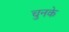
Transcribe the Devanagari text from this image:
चुनके